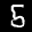
Label: 5